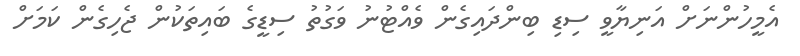
އެމީހުންނަށް އަނިޔާވީ ސިޑި ބިންދައިގެން ވެއްޓުނު ވަގުތު ސިޑީގެ ބައިތަކުން ޖެހިގެން ކަމަށް